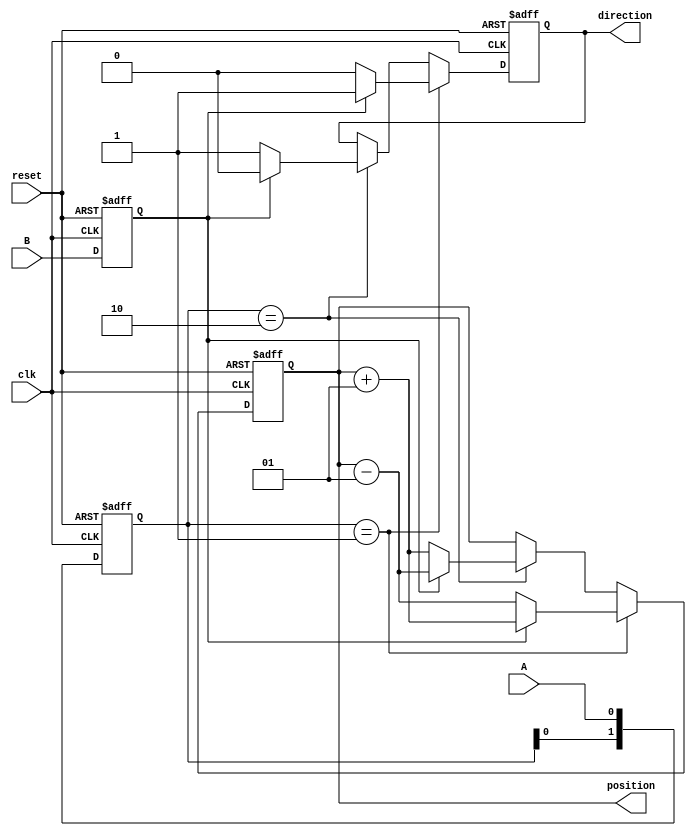
module rotary_encoder(
    input wire clk,         // Clock signal
    input wire A,          // Quadrature output A
    input wire B,          // Quadrature output B
    input wire reset,      // Asynchronous reset
    output reg signed [31:0] position, // Current position
    output reg direction    // Direction of rotation (1 for CW, 0 for CCW)
);

    reg A_prev, B_prev;    // Previous state of A and B

    // Debounce the A and B signals (basic debounce implementation)
    reg [1:0] A_db, B_db;
    
    always @(posedge clk or posedge reset) begin
        if (reset) begin
            A_db <= 2'b00;
            B_db <= 2'b00;
        end else begin
            A_db <= {A_db[0], A}; // Shift in the current A value
            B_db <= {B_db[0], B}; // Shift in the current B value
        end
    end

    // Edge detection for the debounced signals
    wire A_pos_edge = (A_db == 2'b01); // A rising edge
    wire A_neg_edge = (A_db == 2'b10); // A falling edge
    wire B_state = B_db[0];             // Current state of B

    // Main state machine for position counting
    always @(posedge clk or posedge reset) begin
        if (reset) begin
            position <= 0;
            direction <= 1'b0; // Default direction
            A_prev <= 1'b0;
            B_prev <= 1'b0;
        end else begin
            if (A_pos_edge) begin
                if (B_state) begin
                    position <= position + 1; // CW
                    direction <= 1'b1;
                end else begin
                    position <= position - 1; // CCW
                    direction <= 1'b0;
                end
            end else if (A_neg_edge) begin
                if (B_state) begin
                    position <= position - 1; // CCW
                    direction <= 1'b0;
                end else begin
                    position <= position + 1; // CW
                    direction <= 1'b1;
                end
            end
        end
    end
endmodule